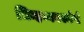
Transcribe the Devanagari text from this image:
चिन्हव्यवस्थेचे